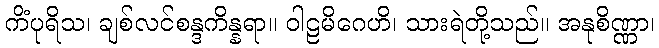
ကိံပုရိသ၊ ချစ်လင်စန္ဒကိန္နရာ။ ဝါဠမိဂေဟိ၊ သားရဲတို့သည်။ အနုစိဏ္ဏာ၊